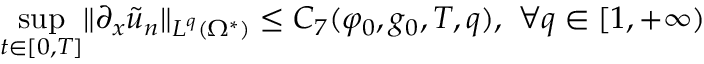
\operatorname* { s u p } _ { t \in [ 0 , T ] } \lVert \partial _ { x } \tilde { u } _ { n } \rVert _ { L ^ { q } ( \Omega ^ { * } ) } \leq C _ { 7 } ( \varphi _ { 0 } , g _ { 0 } , T , q ) , \ \forall q \in [ 1 , + \infty )